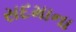
સદમાના